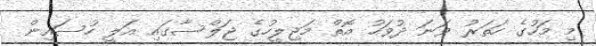
މި މަހުގެ ހަތަރު ވަނަ ދުވަހު އޮތް މަޖިލީހުގެ ޖަލްސާގައި އަލީ ހުސައިން